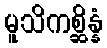
မူသိကစ္ဆိန္နံ